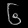
Digit: ၆